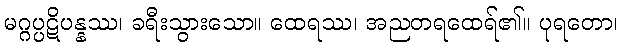
မဂ္ဂပ္ပဋိပန္နဿ၊ ခရီးသွားသော။ ထေရဿ၊ အညတရထေရ်၏။ ပုရတော၊